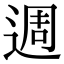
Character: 週